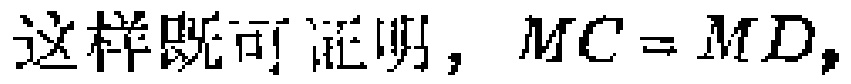
这样既可证明，\(MC = MD\)，